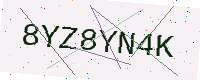
Text: 8YZ8YN4K